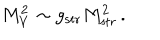
LaTeX: M _ { V } ^ { 2 } \sim g _ { \mathrm { s t r } } M _ { \mathrm { s t r } } ^ { 2 } \, .